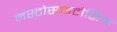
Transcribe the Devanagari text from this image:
मस्टोसाइटोसिस